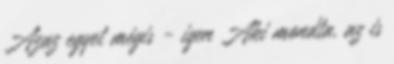
Azaz egyet mégis - igen Aki mondta, az is